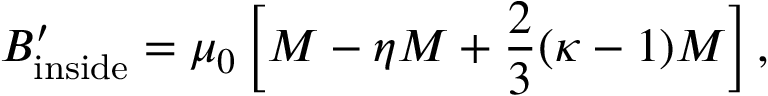
B _ { \mathrm { i n s i d e } } ^ { \prime } = \mu _ { 0 } \left[ M - \eta M + { \frac { 2 } { 3 } } ( \kappa - 1 ) M \right] ,